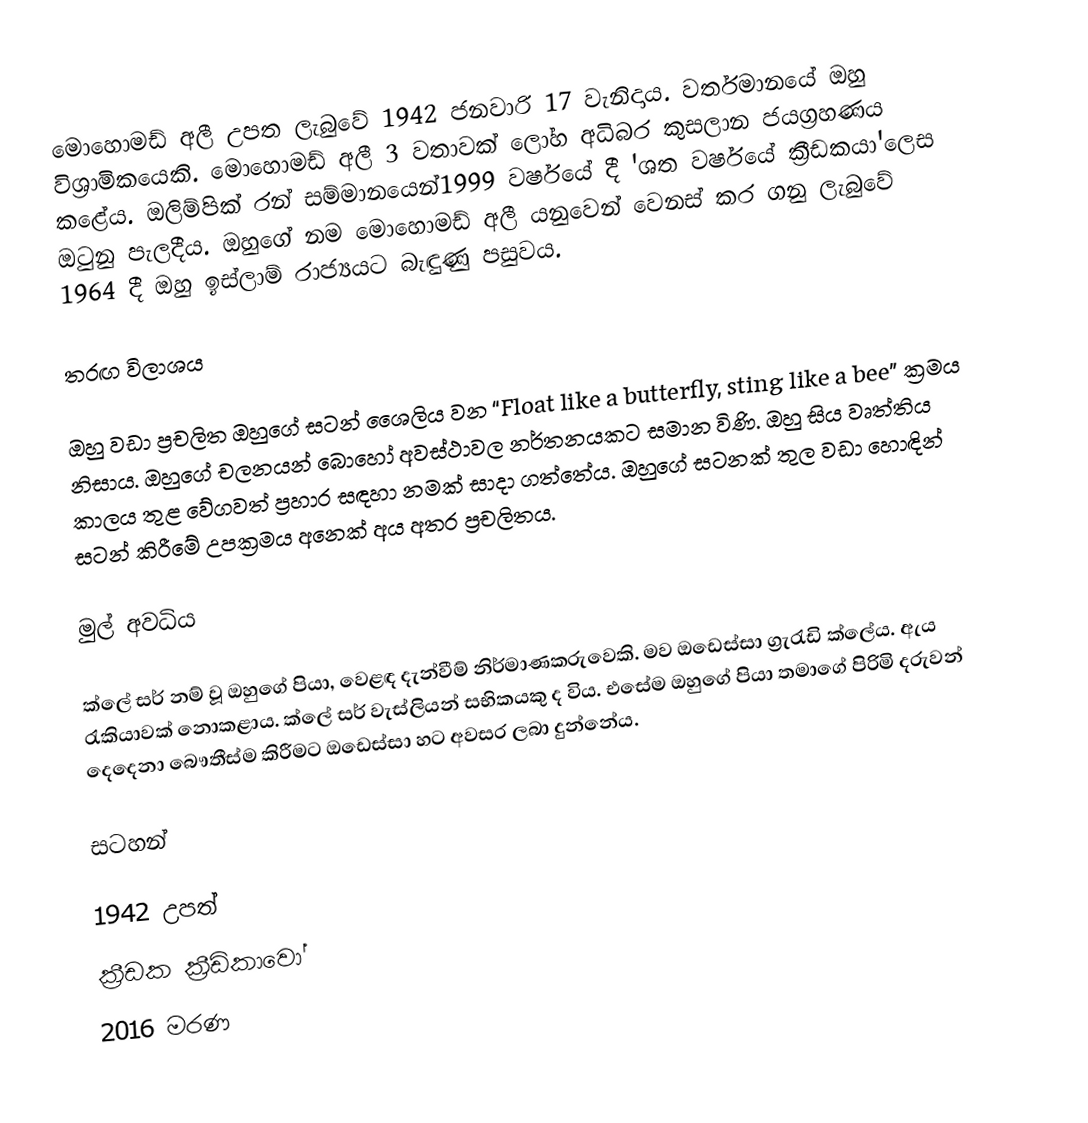
මොහොමඩ් අලී උපත ලැබුවේ 1942 ජනවාරි 17 වැනිදාය. වර්තමානයේ ඔහු විශ්‍රාමිකයෙකි. මොහොමඩ් අලී 3 වතාවක් ලෝහ අධිබර කුසලාන ජයග්‍රහණය කළේය. ඔලිම්පික් රන් සම්මානයෙන්1999 වර්ෂයේ දී 'ශත වර්ෂයේ ක්‍රීඩකයා'ලෙස ඔටුනු පැලදීය. ඔහු‍ගේ නම මොහොමඩ් අලී යනුවෙන් වෙනස් කර ගනු ලැබුවේ 1964 දී ඔහු‍ ඉස්ලාම් රාජ්‍යයට බැඳුණු පසුවය.

තරඟ විලාශය

ඔහු‍ වඩා ප්‍රචලිත ඔහුගේ සටන් ශෛලිය වන “Float like a butterfly, sting like a bee” ක්‍රමය නිසාය. ඔහුගේ චලනයන් බොහෝ අවස්ථාවල නර්තනයකට සමාන විණි. ඔහු සිය වෘත්තිය කාලය තුළ වේගවත් ප්‍රහාර සඳහා නමක් සාදා ගත්තේය. ඔහු‍ගේ සටනක් තුල වඩා හොඳින් සටන් කිරීමේ උපක්‍රමය අනෙක් අය අතර ප්‍රචලිතය.

මුල් අවධිය

ක්ලේ සර් නම් වූ ඔහුගේ පියා, වෙළඳ දැන්වීම් නිර්මාණකරුවෙකි. මව ඔඩෙස්සා ග්‍රැරැඩි ක්ලේය. ඇය රැකියාවක් නොකළාය. ක්ලේ සර් වැස්ලියන් සභිකයකු ද විය. එසේම ඔහුගේ පියා තමාගේ පිරිමි දරුවන් දෙදෙනා බෞතීස්ම කිරීමට ඔඩෙස්සා හට අවසර ලබා දුන්නේය.

සටහන්

1942 උපත්
ක්‍රීඩක ක්‍රීඩිකාවෝ
2016 මරණ